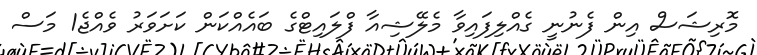
މޮރިޝަސް އިން ފެނުނީ ގެއްލިފައިވާ މެލޭޝިއާ ފްލައިޓްގެ ބައެއްކަން ކަށަވަރު ވެއްޖެ1 މަސް